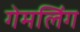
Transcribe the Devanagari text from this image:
गेमलिंग